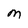
Character: m